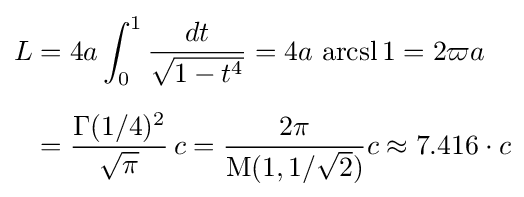
{\begin{aligned}L&=4a\int _{0}^{1}{\frac {dt}{\sqrt {1-t^{4}}}}=4a\,\operatorname {arcsl} 1=2\varpi a\\[6pt]&={\frac {\Gamma (1/4)^{2}}{\sqrt {\pi }}}\,c={\frac {2\pi }{\operatorname {M} (1,1/{\sqrt {2}})}}c\approx 7{.}416\cdot c\end{aligned}}